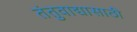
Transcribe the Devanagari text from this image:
तंतुवाद्यासाठी